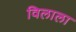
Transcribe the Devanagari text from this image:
विलाला